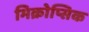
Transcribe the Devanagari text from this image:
मिक्रोप्सिक